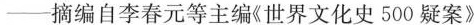
—摘编自李春元等主编《世界文化史500疑案》